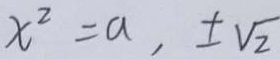
x ^ { 2 } = a , \pm \sqrt { 2 }